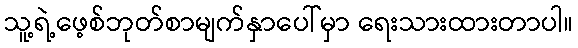
သူ့ရဲ့ဖေ့စ်ဘုတ်စာမျက်နှာပေါ်မှာ ရေးသားထားတာပါ။